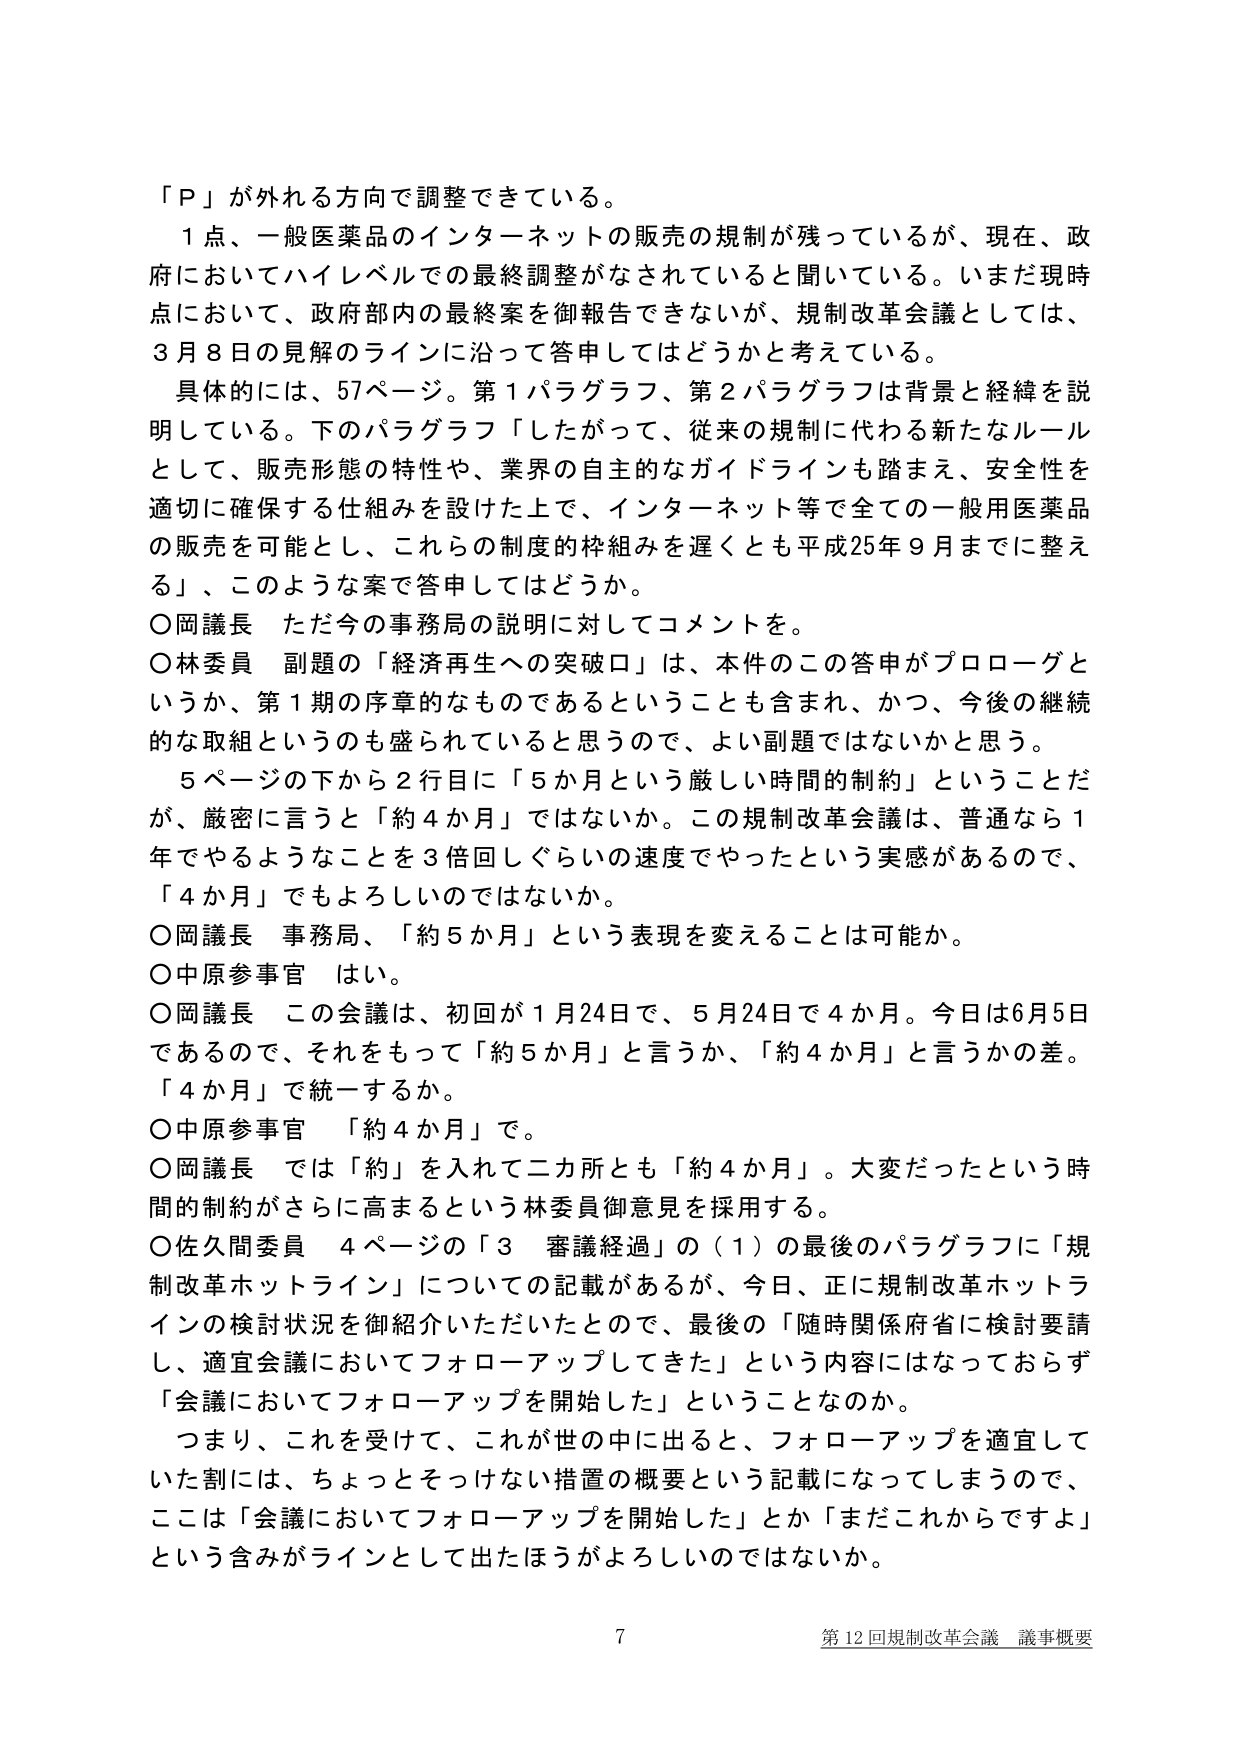
「Ｐ」が外れる方向で調整できている。

１点、一般医薬品のインターネットの販売の規制が残っているが、現在、政府においてハイレベルでの最終調整がなされていると聞いている。いまだ現時点において、政府内部の最終案を御報告できないが、規制改革会議としては、3月8日の見解のラインに沿って答申してはどうかと考えている。

具体的には、57ページ。第1パラグラフ、第2パラグラフは背景と経緯を説明している。下のパラグラフ「したがって、従来の規制に代わる新たなルールとして、販売形態の特性や、業界の自主的なガイドラインも踏まえ、安全性を適切に確保する仕組みを設けた上で、インターネット等で全ての一般用医薬品の販売を可能とし、これらの制度的枠組みを遅くとも平成25年9月までに整える」、このような案で答申してはどうか。

○岡議長　ただ今の事務局の説明に対してコメントを。

○林委員　副題の「経済再生への突破口」は、本件のこの答申がプロローグというか、第1期の序章的なものであるということも含まれ、かつ、今後の継続的な取組というのも盛られていると思うので、よい副題ではないかと思う。

5ページの下から2行目に「5か月という厳しい時間的制約」ということだが、厳密に言うと「約4か月」ではないか。この規制改革会議は、普通なら1年でやるようなことを3倍回しぐらいの速度でやったという実感があるので、「4か月」でもよろしいのではないか。

○岡議長　事務局、「約5か月」という表現を変えることは可能か。

○中原参事官　はい。

○岡議長　この会議は、初回が1月24日で、5月24日で4か月。今日は6月5日であるので、それをもって「約5か月」と言うか、「約4か月」と言うかの差。「4か月」で統一するか。

○中原参事官　「約4か月」で。

○岡議長　では「約」を入れて二カ所とも「約4か月」。大変だったという時間的制約がさらに高まるという林委員御意見を採用する。

○佐久間委員　4ページの「3 審議経過」の（1）の最後のパラグラフに「規制改革ホットライン」についての記載があるが、今日、正に規制改革ホットラインの検討状況を御紹介いただいたとので、最後の「随時関係府省に検討要請し、適宜会議においてフォローアップしてきた」という内容にはなっておらず「会議においてフォローアップを開始した」ということなのか。

つまり、これを受けて、これが世の中に出ると、フォローアップを適宜していた割には、ちょっとそっけない措置の概要という記載になってしまうので、ここは「会議においてフォローアップを開始した」とか「まだこれからですよ」という含みがラインとして出たほうがよろしいのではないか。

7 第12回規制改革会議 議事概要